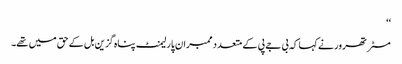
‘‘
مسٹر تھرور نے کہا کہ بی جے پی کے متعدد ممبران پارلیمنٹ پناہ گزین بل کے حق میں تھے۔